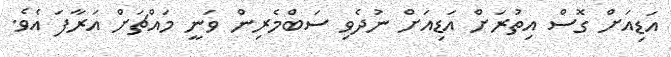
އަޑިއަށް ގޮސް އިތުރަށް އަޑިއަށް ނުދެވި ސަބްމެރިން ވަނީ މައްޗަށް އަރާފަ އެވެ.